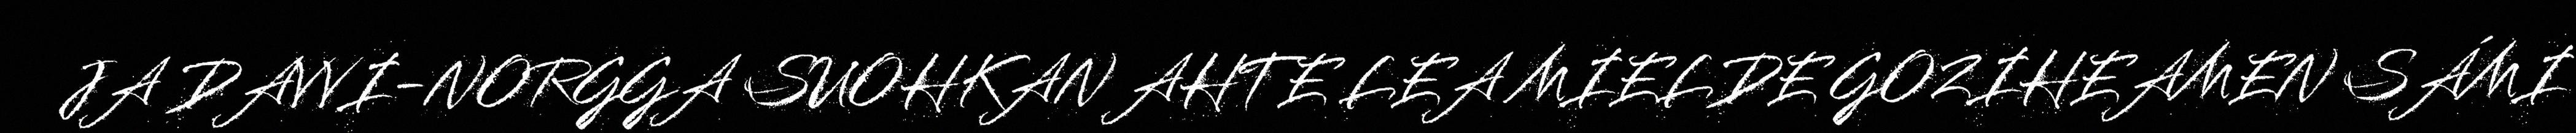
JA DAVVI-NORGGA SUOHKAN AHTE LEA MIELDE GOZIHEAMEN SÁMI